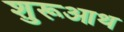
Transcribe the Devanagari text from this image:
शुरूआथ